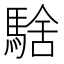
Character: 騇